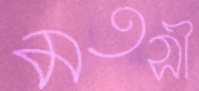
মতসী